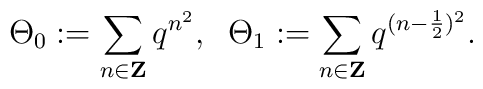
\Theta_{0}:=\sum_{n\in{\bf Z}}q^{n^{2}},\;\;\Theta_{1}:=\sum_{n\in{\bf Z}}q^{(n-\frac{1}{2})^{2}}.